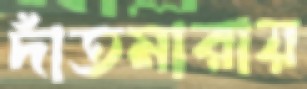
দাঁতমারায়